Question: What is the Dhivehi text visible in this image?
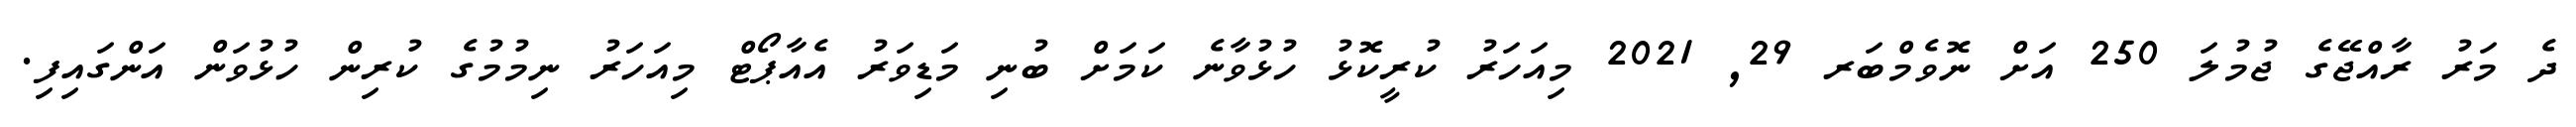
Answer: ދެ މަރު ރާއްޖޭގެ ޖުމުލަ 250 އަށް ނޮވެމްބަރ 29, 2021 މިއަހަރު ކުރީކޮޅު ހުޅުވާނެ ކަމަށް ބުނި މަޑިވަރު އެއާޕޯޓް މިއަހަރު ނިމުމުގެ ކުރިން ހުޅުވަން އަންގައިފި.